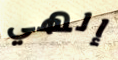
إلهي